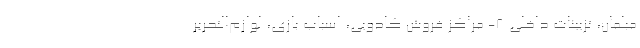
مبلمان، تزیینات داخلی ۸- مراکز فروش کادویی، اسباب بازی، لوازم‌التحریر